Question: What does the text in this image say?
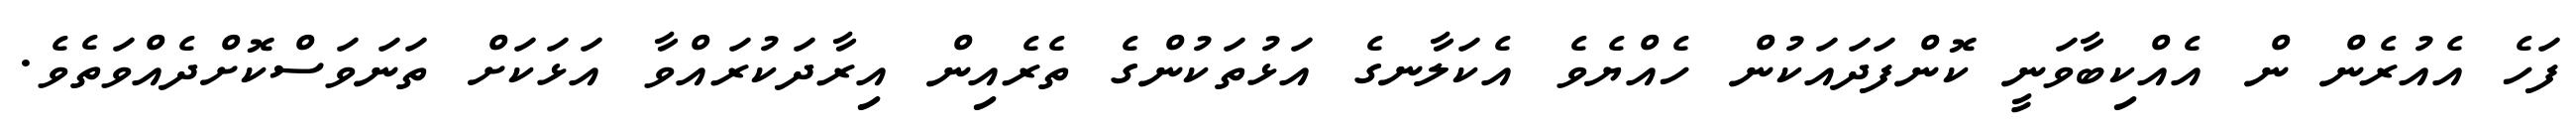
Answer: ފަހެ އެއުރެން ން އެއްކިބާވަނީ ކޮންފަދައަކުން ހެއްޔެވެ އެކަލާނގެ އަޅުތަކުންގެ ތެރެއިން އިރާދަކުރައްވާ އަޅަކަށް ތަނަވަސްކޮށްދެއްވަތެވެ.